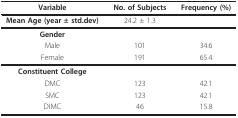
<table><thead><tr><td><b>Variable</b></td><td><b>No. of Subjects</b></td><td><b>Frequency (%)</b></td></tr></thead><tbody><tr><td><b>Mean Age (year ± std.dev)</b></td><td>24.2 ± 1.3</td><td></td></tr><tr><td><b>Gender</b></td><td></td><td></td></tr><tr><td>Male</td><td>101</td><td>34.6</td></tr><tr><td>Female</td><td>191</td><td>65.4</td></tr><tr><td><b>Constituent College</b></td><td></td><td></td></tr><tr><td>DMC</td><td>123</td><td>42.1</td></tr><tr><td>SMC</td><td>123</td><td>42.1</td></tr><tr><td>DIMC</td><td>46</td><td>15.8</td></tr></tbody></table>